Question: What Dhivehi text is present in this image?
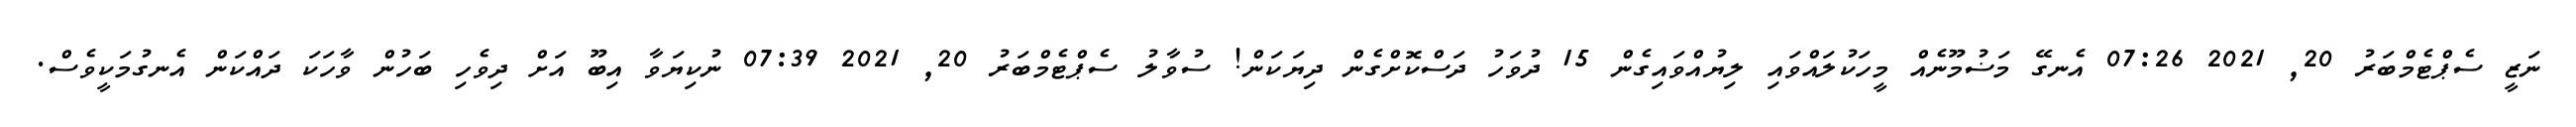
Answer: ނަޒީ ސެޕްޓެމްބަރު 20, 2021 07:26 އެނގޭ މަޟުމޫނެއް މީހަކުލައްވައި ލިޔުއްވައިގެން 15 ދުވަހު ދަސްކޮށްގެން ދިޔަކަން! ސުވާލު ސެޕްޓެމްބަރު 20, 2021 07:39 ނުކިޔަވާ އިބޫ އަށް ދިވެހި ބަހުން ވާހަކަ ދައްކަން އެނގުމަކީވެސް.